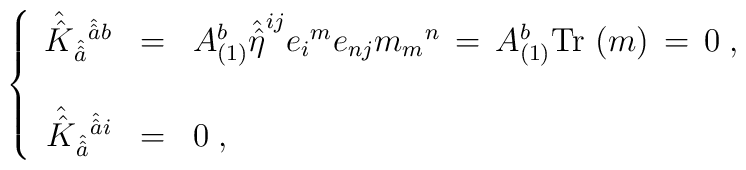
\left\{\begin{array}{rcl}\hat{\hat{K}}_{\hat{\hat{a}}}{}^{\hat{\hat{a}}b} & = & A_{(1)}^{b}\hat{\hat{\eta}}^{ij}{e_{i}}^{m}e_{nj}{m_{m}}^{n}          \,=\, A_{(1)}^{b} {\rm Tr}\ (m) \,=\, 0 \; , \\& & \\\hat{\hat{K}}_{\hat{\hat{a}}}{}^{\hat{\hat{a}}i} & = & 0 \; ,\end{array}\right.